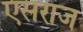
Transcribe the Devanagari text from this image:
एसराज